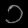
Digit: ၁